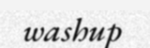
washup